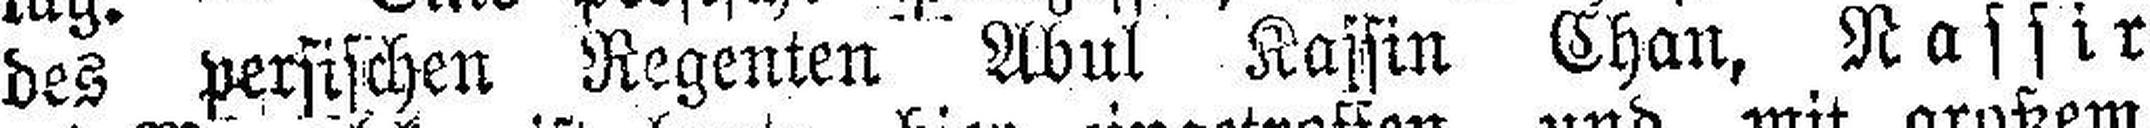
des persischen Regenten Abul Kassin Chan, Nassir